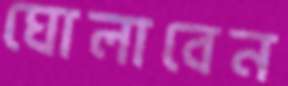
ঘোলাবেন